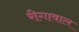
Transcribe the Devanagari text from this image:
रीगावाल